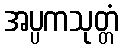
အပ္ပကသုတ္တံ